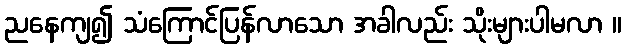
ညနေကျ၍ သံကြောင်ပြန်လာသော အခါလည်း သိုးများပါမလာ ။